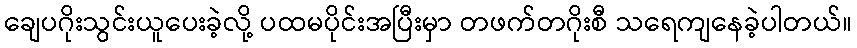
ချေပဂိုးသွင်းယူပေးခဲ့လို့ ပထမပိုင်းအပြီးမှာ တဖက်တဂိုးစီ သရေကျနေခဲ့ပါတယ်။